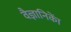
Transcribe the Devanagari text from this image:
वैज्ञानिकाें